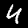
Label: 4